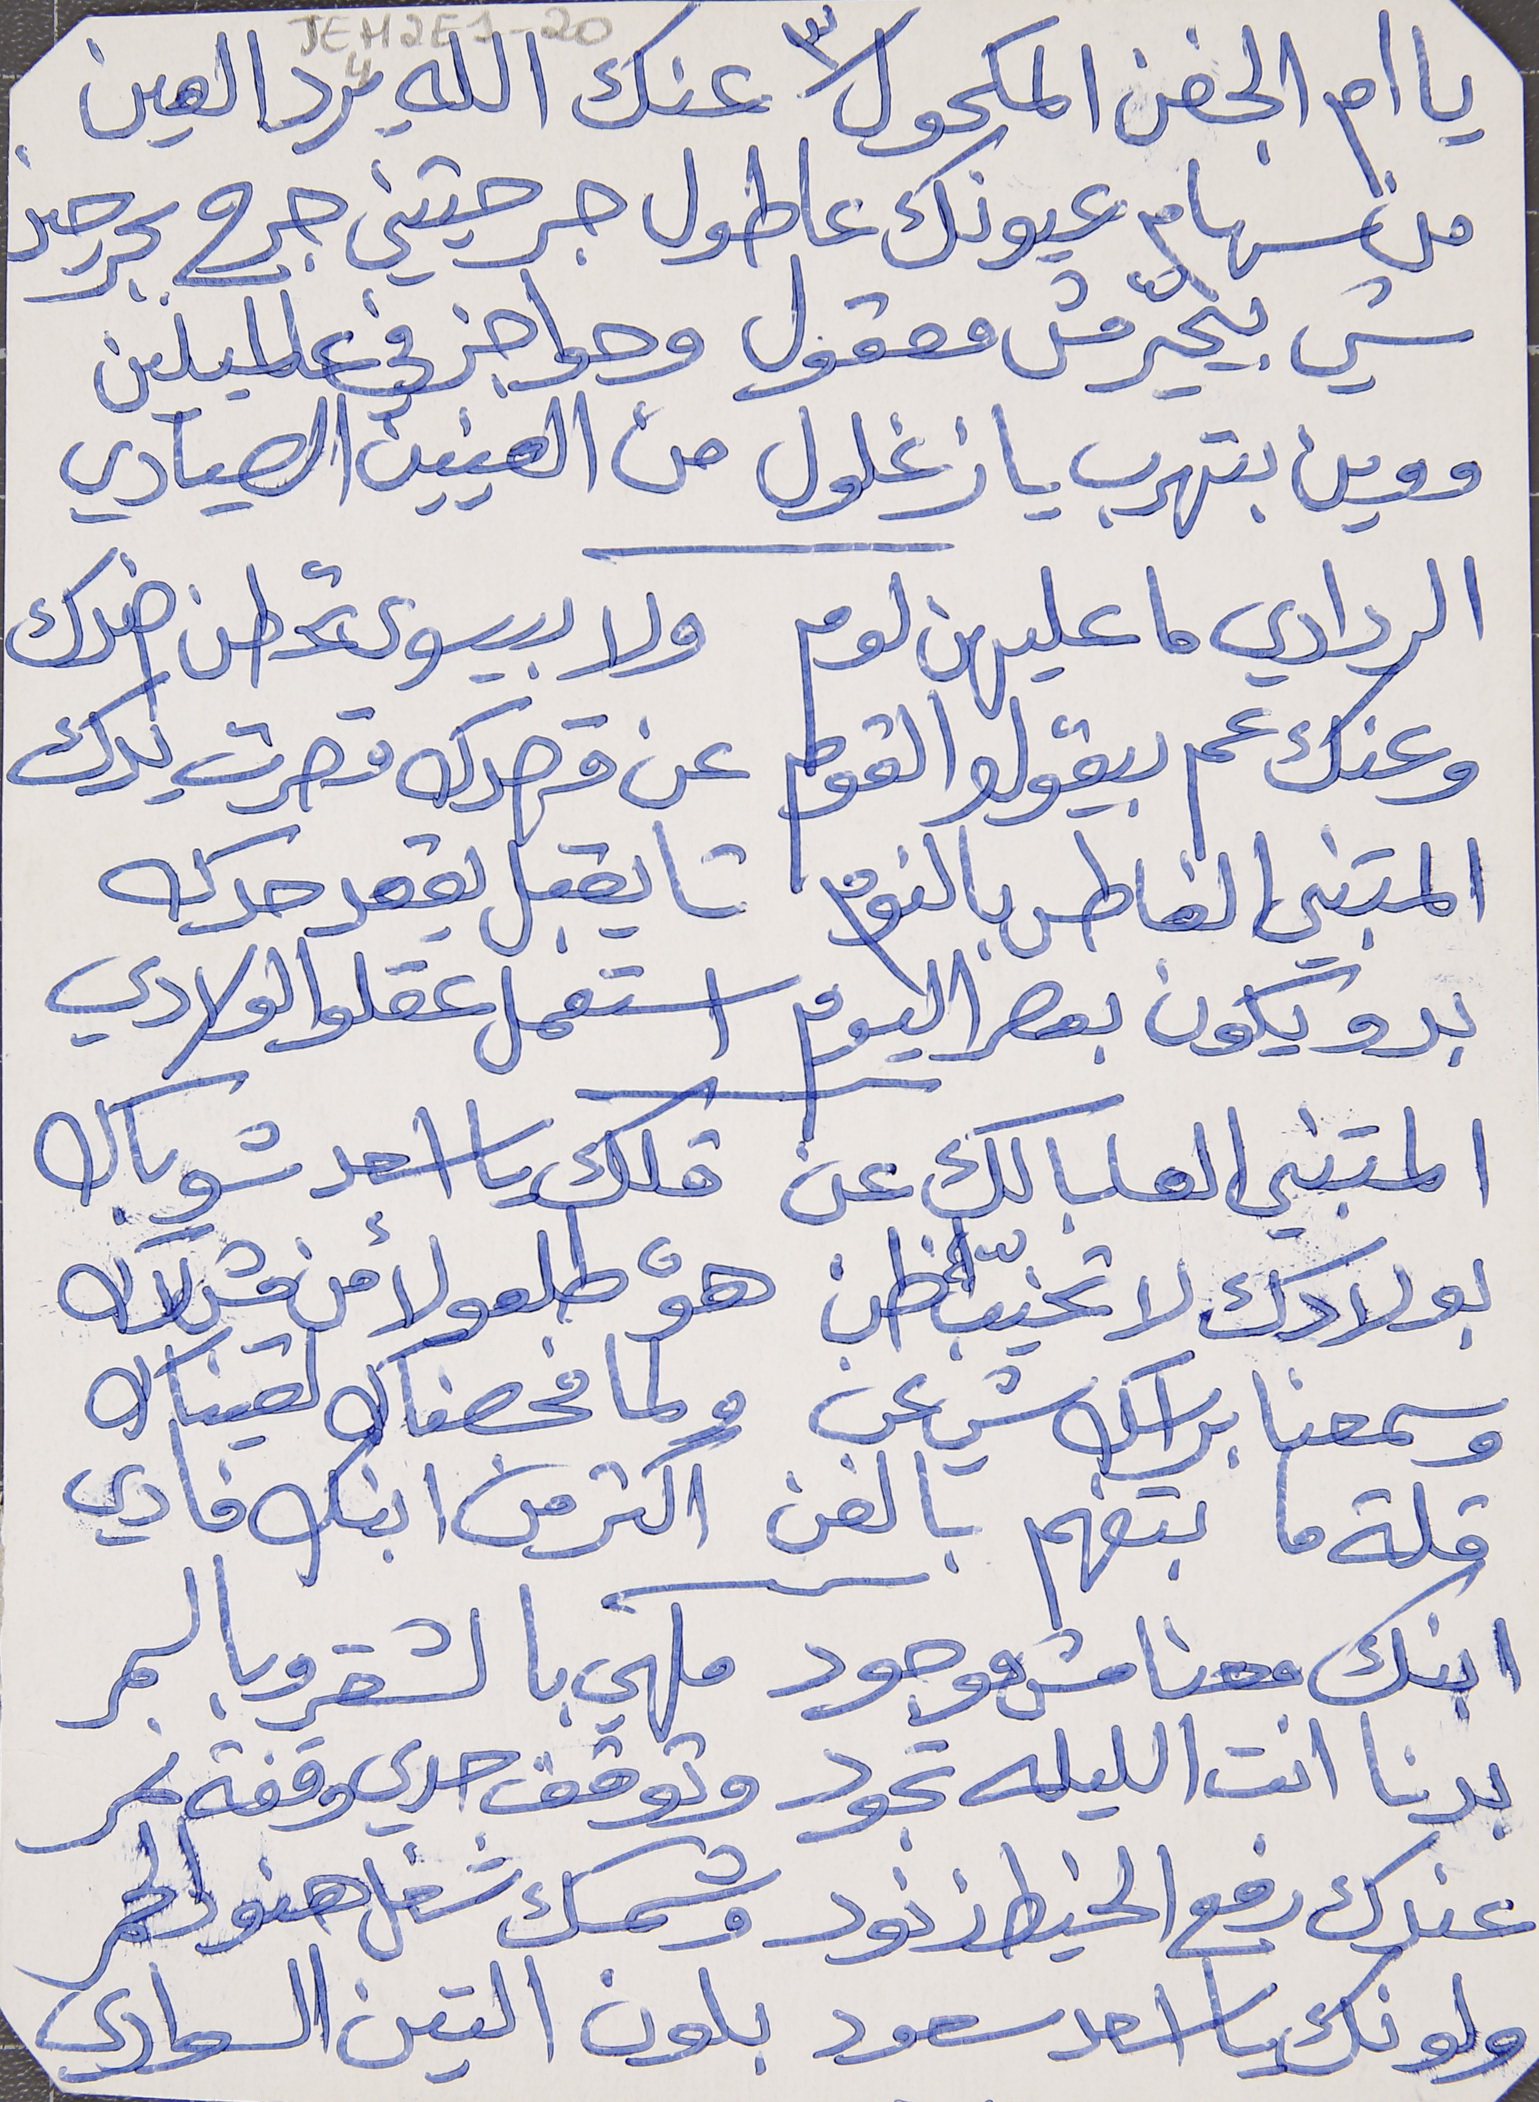
JEH2E1-204
من سهام عيونك عاطول جرحتيني جرح بجرحين
شي بيحيّر مش معقول وحواجز في عالميلين
ووين بتهرب يا زغلول من العينين الصيادي
الردادي ما عليهن لوم      ولا بيسوى تحطن ضدك
وعنك عم بيقولو القوم      عن قصدك قصرت يدك
المتبني الغاطس بالنوم      تا يقبل يقعد حدك
بدو يكون بعصر اليوم      استعمل عقلو الولادي
المتبني العا بالك عن      قلك يا اسعد شو باك
بولادك لا تخيّب ظن      هوْ طلعو لأمن مش لاك
وسمعنا براسك شي عن      ولما فحصناك لقيناك
قلة ما بتفهم بالفن      اكتر من ابنك فادي
ابنك معنا مش موجود      ملهي بالشقر وبالسمر
بدنا انت الليله تجود      وتوقف حدي وقفة نمر
عندك رفع الخيط  زنود      وشمسك شغل هنود الحمر
ولونك يا اسعد سعود      بلون التين السوادي
يا ام الجفن المكحول عنك الله يرد العين
٣